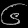
Digit: ၆